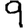
Digit: 9